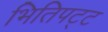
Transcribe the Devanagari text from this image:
भितिपट्ट